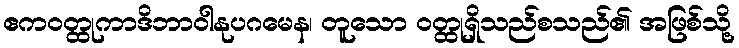
ဧကဝတ္ထုကာဒိဘာဝါနုပဂမေန၊ တူသော ဝတ္ထုရှိသည်စသည်၏ အဖြစ်သို့